Civil Veterinary Dept. North-West Frontier Province 1933-46 - 1933-1946
Year: 1933
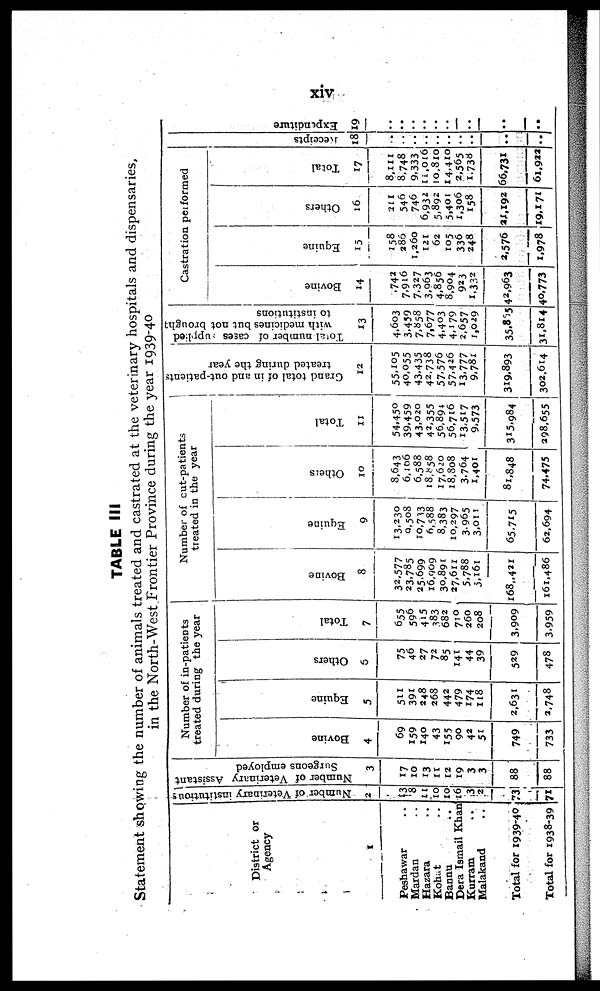
xiv
TABLE III
Statement showing the number of animals treated and castrated at the veterinary hospitals and dispensaries,
in the North-West Frontier Province during the year 1939-40
District or
Agency
1
Peshawar ..
Mardan ..
Hazara ..
Kohat ..
Bannu ..
Dera Ismail Khan
Kurram ..
Malakand ..
Total for 1939-40
Total for 1938-39
Number of Veterinary institutions
2
13
8
11
10
10
16
3
2
73
71
Number of Veterinary Assistant
Surgeons employed
3
17
10
13
11
12
19
3
3
88
88
Number of in-patients
treated during the year
Bovi ne
4
69
159
140
43
155
90
42
51
749
733
Equi ne
5
511
391
248
268
442
479
174
118
2,631
2,748
Ot her s
6
75
46
27
72
85
141
44
39
529
478
Tot al
7
655
596
415
383
682
710
260
208
3,909
3,959
Number of cut-patients
Bovi ne
8
32.577
23.785
25,699
16,909
30,891
27,611
5,788
3,161
168,431
161,486
Equi ne
9
13,230
9,508
10,733
6,588
8,383
10,297
3,965
3,011
65,715
62,694
Ot her s
10
8,643
6,106
6,588
18,558
17,620
18,808
3,764
1,401
81,848
74,475
Tot al
11
54,450
39,459
43,020
42,355
56,894
56,716
13,517
9,573
315,984
298,655
Grand total of in and out-patients
treated during the year
12
55,105
40,055
43,435
42,738
57,576
57,426
13,777
9,781
319,893
302,614
Total
number of cases supplied
with medicines but not brought
to institutions
13
4.603
3.439
7,858
7,677
4,403
4,179
2,657
1,029
35,865
81,814
Castration performed
Bovi ne
14
742
7,916
7,327
3,063
4,856
8,904
923
1,332
42,963
40,773
Equi ne
15
158
286
1,260
121
62
105
336
248
2,576
1,978
Ot her s
16
311
549
740
6,932
5.892
5,401
1,306
158
21,192
19,171
Tot al
17
8,111
8,748
9,333
11,016
10,810
14,410
2,565
1,738
66,731
61,923
Receipts
18
..
..
..
..
..
....
..
..
..
..
Expe ndi t
ur e
19
..
..
..
..
..
..
..
..
..
..